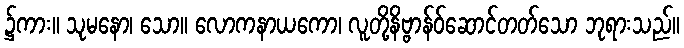
၌ကား။ သုမနော၊ သော။ လောကနာယကော၊ လူတို့နိဗ္ဗာန်ဝ်ဆောင်တတ်သော ဘုရားသည်။